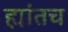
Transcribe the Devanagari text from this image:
ह्यांतच